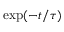
\exp ( - t / \tau )